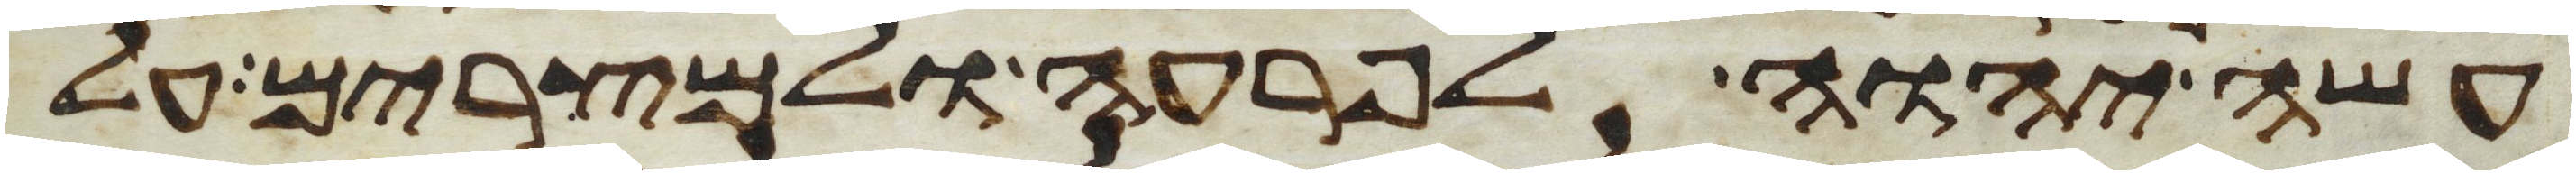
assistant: עשה יהוה לפרעה ולמצרים על